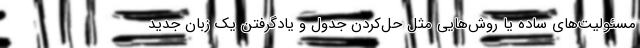
مسئولیت‌های ساده یا روش‌هایی مثل حل‌کردن جدول و یادگرفتن یک زبان جدید